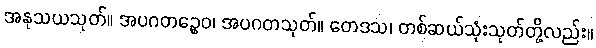
အနုသယသုတ်။ အပဂတဉ္စေဝ၊ အပဂတသုတ်။ တေဒသ၊ တစ်ဆယ်သုံးသုတ်တို့လည်း။